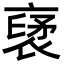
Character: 裦